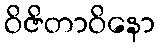
ဝိဇိတာဝိနော